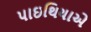
પાઇથિયાએ